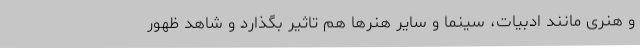
و هنری مانند ادبیات، سینما و سایر هنرها هم تاثیر بگذارد و شاهد ظهور